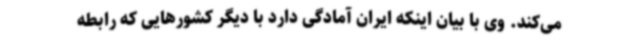
می‌کند. وی با بیان اینکه ایران آمادگی دارد با دیگر کشورهایی که رابطه